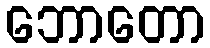
ဘောတော